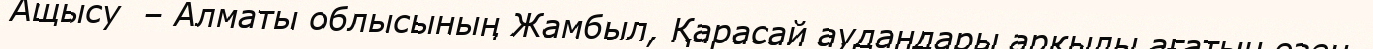
Ащысу  – Алматы облысының Жамбыл, Қарасай аудандары арқылы ағатын өзен.